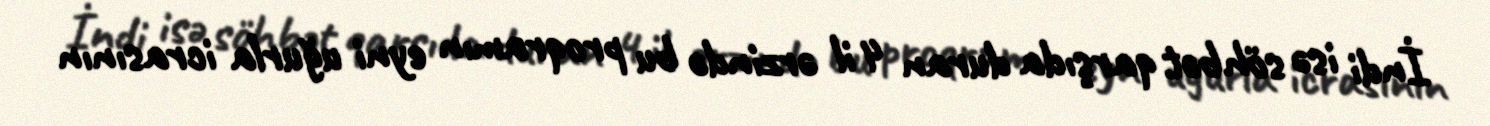
İndi isə söhbət qarşıda duran 4 il ərzində bu proqramın eyni uğurla icrasının